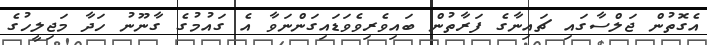
އެގޮތުން ޖަލްސާގައި ޗައިނާގެ ފަރާތުން ބައިވެރިވެވަޑައިގަންނަވާ އެ ގައުމުގެ ގާނޫނު ހަދާ މަޖިލީހުގެ